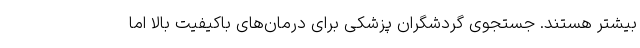
بیشتر هستند. جستجوی گردشگران پزشکی برای درمان‌های باکیفیت بالا اما